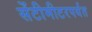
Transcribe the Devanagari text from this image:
सेंटीमीटरपर्यंत